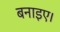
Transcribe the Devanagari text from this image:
बनाइए।